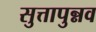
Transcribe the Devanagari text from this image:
सुत्तापुन्नव